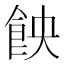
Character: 䬬